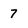
Character: 7